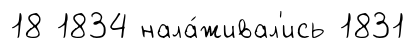
18 1834 нала́живал'ись 1831